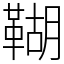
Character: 䩴